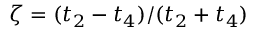
\zeta = ( t _ { 2 } - t _ { 4 } ) / ( t _ { 2 } + t _ { 4 } )